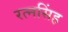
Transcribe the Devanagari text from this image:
रत्‍नसिंह